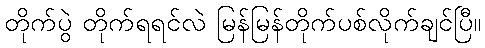
တိုက်ပွဲ တိုက်ရရင်လဲ မြန်မြန်တိုက်ပစ်လိုက်ချင်ပြီ။